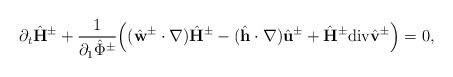
LaTeX: \begin{align*}\partial_t\hat{\mathbf{H}}^{\pm}+\frac{1}{\partial_1\hat{\Phi}^{\pm}}\Big((\hat{\mathbf{w}}^{\pm}\cdot\nabla)\hat{\mathbf{H}}^{\pm}-(\hat{\mathbf{h}}\cdot\nabla)\hat{\mathbf{u}}^{\pm}+\hat{\mathbf{H}}^{\pm}\mathrm{div}{\hat{\mathrm{\mathbf{v}}}^{\pm}}\Big)=0,\end{align*}